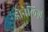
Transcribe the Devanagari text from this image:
डोनेलिज़